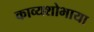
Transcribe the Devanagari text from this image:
काव्यशोभाया